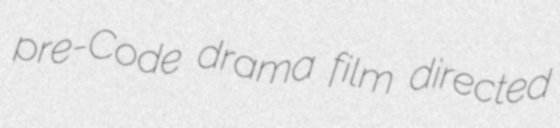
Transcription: pre-Code drama film directed